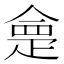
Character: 𭼂